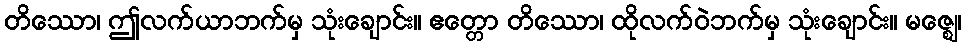
တိဿော၊ ဤလက်ယာဘက်မှ သုံးချောင်း။ ဧတ္တော တိဿော၊ ထိုလက်ဝဲဘက်မှ သုံးချောင်း။ မဇ္ဈေ၊